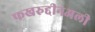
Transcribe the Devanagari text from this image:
फखरुद्दीनअली